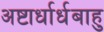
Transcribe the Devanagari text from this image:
अष्टार्धार्धबाहु